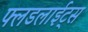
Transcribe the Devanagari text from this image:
फ्लडलाईट्स